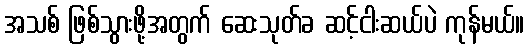
အသစ် ဖြစ်သွားဖို့အတွက် ဆေးသုတ်ခ ဆင့်ငါးဆယ်ပဲ ကုန်မယ်။